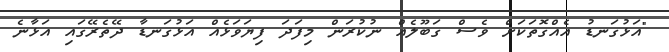
"އަޅުގަނޑު އެއްގޮތަކަށް ވެސް ގަބޫލެއް ނުކުރަން މިފަދަ ފިޔަވަޅެއް އަޅުގަނޑާ ދޭތެރޭގައި އަޅާނެ